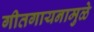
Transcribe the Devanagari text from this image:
गीतगायनामुळे